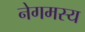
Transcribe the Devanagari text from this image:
नेगमस्य